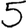
Digit: 5